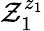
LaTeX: \mathcal{Z}_{1}^{z_{1}}